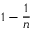
1 - { \frac { 1 } { n } }